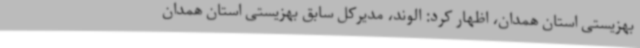
بهزیستی استان همدان، اظهار کرد: الوند، مدیرکل سابق بهزیستی استان همدان